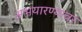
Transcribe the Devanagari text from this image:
अभयारण्यावर